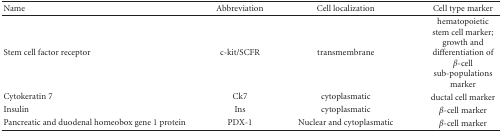
| Name | Abbreviation | Cell localization | Cell type marker |
 | --- | --- | --- | --- |
 | Stem cell factor receptor | c-kit/SCFR | transmembrane | hematopoietic stem cell marker; growth and differentiation of β-cell sub-populations marker |
 | Cytokeratin 7 | Ck7 | cytoplasmatic | ductal cell marker |
 | Insulin | Ins | cytoplasmatic | β-cell marker |
 | Pancreatic and duodenal homeobox gene 1 protein | PDX-1 | Nuclear and cytoplasmatic | β-cell marker |